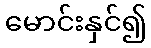
မောင်းနှင်၍